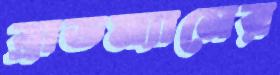
ব্রাডম্যানের